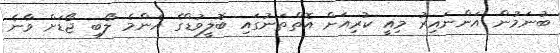
ބުނަމުން އަންނައިރު މިއީ ކުރިއަށް އޮތްތަނުގައި ބޮލީވުޑްގެ އެންމެ ލޯބި ޖޯޑަށް ވާނެ